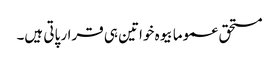
مستحق عموما بیوہ خواتین ہی قرار پاتی ہیں۔